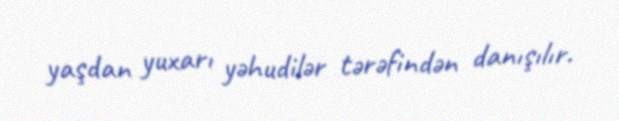
yaşdan yuxarı yəhudilər tərəfindən danışılır.